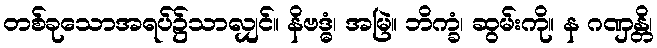
တစ်ခုသောအရပ်၌သာလျှင်။ နိဗဒ္ဓံ၊ အမြဲ။ ဘိက္ခံ၊ ဆွမ်းကို။ န ဂဏှန္တိ၊